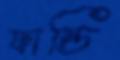
ফান্ডি